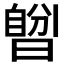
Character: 𣊆